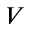
V